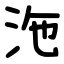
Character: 沲